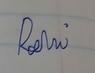
Signature authenticity: forged